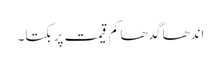
اندھا گدھا کم قیمت پر بکتا۔